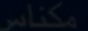
مکالم